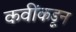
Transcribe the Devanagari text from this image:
कवींकडून